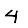
Digit: 4